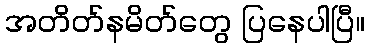
အတိတ်နမိတ်တွေ ပြနေပါပြီ။